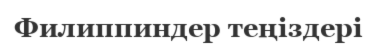
Филиппиндер теңіздері